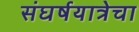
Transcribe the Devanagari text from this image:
संघर्षयात्रेचा